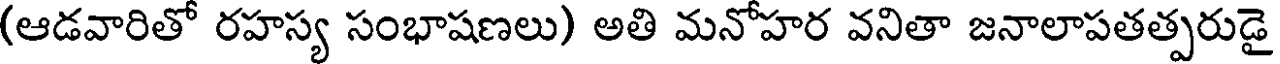
(ఆడవారితో రహస్య సంభాషణలు) అతి మనోహర వనితా జనాలాపతత్పరుడై